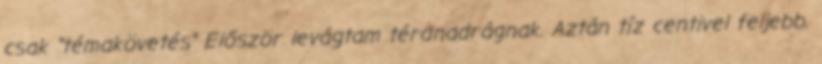
csak "témakövetés" Először levágtam térdnadrágnak. Aztán tíz centivel feljebb.